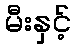
မီးနှင့်